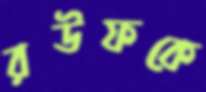
রউফকে